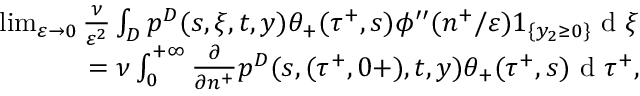
\begin{array} { r } { \operatorname* { l i m } _ { \varepsilon \to 0 } \frac { \nu } { \varepsilon ^ { 2 } } \int _ { D } p ^ { D } ( s , \xi , t , y ) \theta _ { + } ( \tau ^ { + } , s ) \phi ^ { \prime \prime } ( n ^ { + } / \varepsilon ) 1 _ { \{ y _ { 2 } \geq 0 \} } \textrm { d } \xi } \\ { = \nu \int _ { 0 } ^ { + \infty } \frac { \partial } { \partial n ^ { + } } p ^ { D } ( s , ( \tau ^ { + } , 0 + ) , t , y ) \theta _ { + } ( \tau ^ { + } , s ) \textrm { d } \tau ^ { + } , } \end{array}